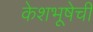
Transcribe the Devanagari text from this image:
केशभूषेची